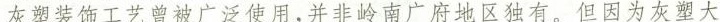
灰装馆工艺曾被广泛使用，并岭南广府区独有，但因为灰塑大